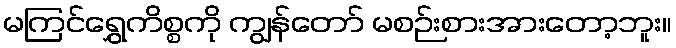
မကြင်ရွှေကိစ္စကို ကျွန်တော် မစဉ်းစားအားတော့ဘူး။